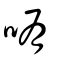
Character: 哊